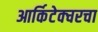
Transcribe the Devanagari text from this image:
आर्किटेक्चरचा